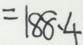
= 1 8 8 \cdot 4